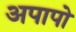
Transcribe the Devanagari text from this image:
अपापो